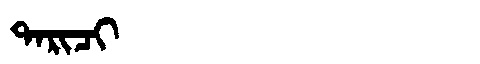
Manchu: ᡨᠠᡵᡳᠴᡳ
Romanization: TARICI